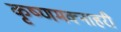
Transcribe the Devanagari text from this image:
कृष्णमक्नाहरी